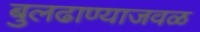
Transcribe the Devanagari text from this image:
बुलढाण्याजवळ